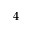
4